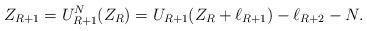
LaTeX: \begin{align*}Z_{R+1}=U_{R+1}^{N}(Z_{R})=U_{R+1}( Z_{R}+\ell_{R+1})-\ell_{R+2}-N.\end{align*}